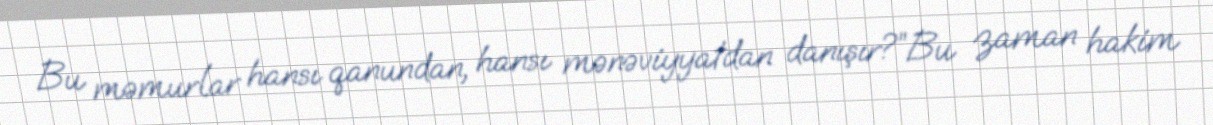
Bu məmurlar hansı qanundan, hansı mənəviyyatdan danışır?”Bu zaman hakim